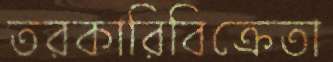
তরকারিবিক্রেতা